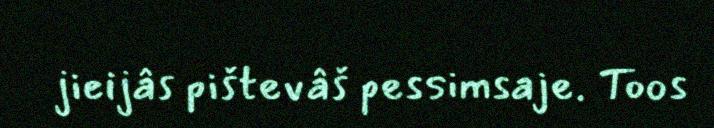
jieijâs pištevâš pessimsaje. Toos